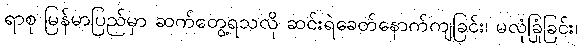
ရာစု မြန်မာပြည်မှာ ဆက်တွေ့ရသလို ဆင်းရဲခေတ်နောက်ကျခြင်း၊ မလုံခြုံခြင်း၊